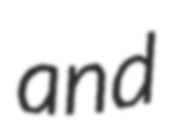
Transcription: and